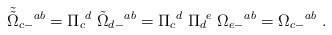
\begin{align*}{\tilde {\tilde \Omega}}_{c-}{}^{ab} = \Pi _c{}^d \; {\tilde\Omega}_{d-}{}^{ab} =\Pi _c{}^d \; \Pi _d{}^e \; \Omega_{e-}{}^{ab} =\Omega_{c-}{}^{ab} \ .\end{align*}